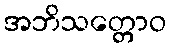
အဘိသတ္တောဝ